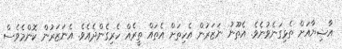
އާޝިޔާއަށް ތެޅިގަނެވުނެވެ. އެތޫނު ނަޒަރުން އެހިތަށް އެތައް ތީރެއް ހެރިގެންދެއެވެ. އެނަޒަރުން ކޮންމެވެސް